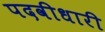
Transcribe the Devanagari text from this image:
पदवीधारी